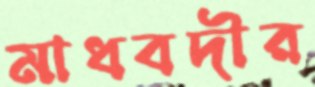
মাধবদীর